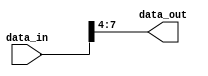
module part_select_example (
    input wire [15:0] data_in,    // 16-bit input data
    output wire [3:0] data_out     // 4-bit output data
);

// Continuous assignment to select bits 7 to 4 from data_in
assign data_out = data_in[7:4];

endmodule